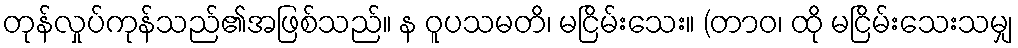
တုန်လှုပ်ကုန်သည်၏အဖြစ်သည်။ န ဝူပသမတိ၊ မငြိမ်းသေး။ (တာဝ၊ ထို မငြိမ်းသေးသမျှ